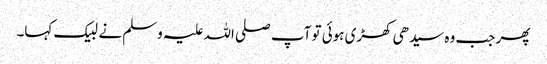
پھر جب وہ سیدھی کھڑی ہوئی تو آپ صلی اللہ علیہ وسلم نے لبیک کہا۔